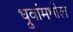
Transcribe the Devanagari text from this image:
ध्रुवांमधील